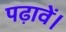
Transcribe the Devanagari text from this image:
पढ़ावें।